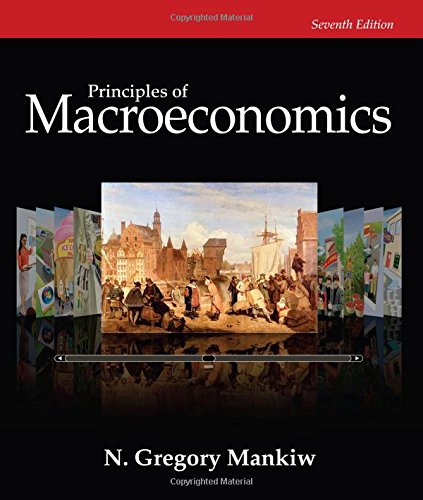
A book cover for Principles of Macroeconomics, 7th Edition; N. Gregory Mankiw; Education & Teaching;